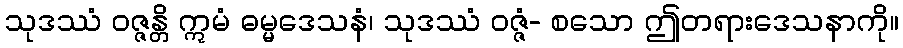
သုဒဿံ ဝဇ္ဇန္တိ ဣမံ ဓမ္မဒေသနံ၊ သုဒဿံ ဝဇ္ဇံ- စသော ဤတရားဒေသနာကို။